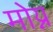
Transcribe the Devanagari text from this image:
मोय्न